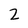
Character: 2